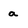
Character: a